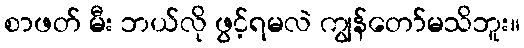
စာဖတ် မီး ဘယ်လို ဖွင့်ရမလဲ ကျွန်တော်မသိဘူး။